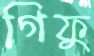
গিফু